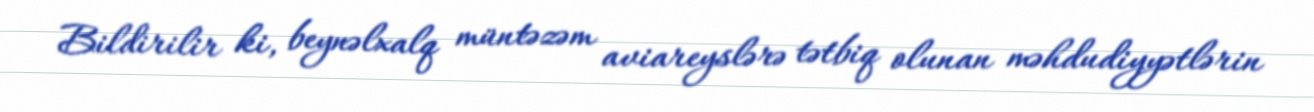
Bildirilir ki, beynəlxalq müntəzəm aviareyslərə tətbiq olunan məhdudiyyətlərin